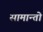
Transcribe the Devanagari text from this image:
सामान्तो